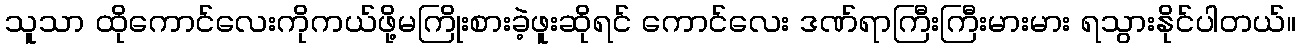
သူသာ ထိုကောင်လေးကိုကယ်ဖို့မကြိုးစားခဲ့ဖူးဆိုရင် ကောင်လေး ဒဏ်ရာကြီးကြီးမားမား ရသွားနိုင်ပါတယ်။